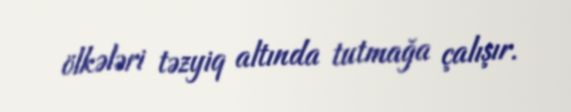
ölkələri təzyiq altında tutmağa çalışır.